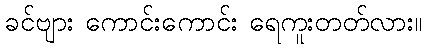
ခင်ဗျား ကောင်းကောင်း ရေကူးတတ်လား။